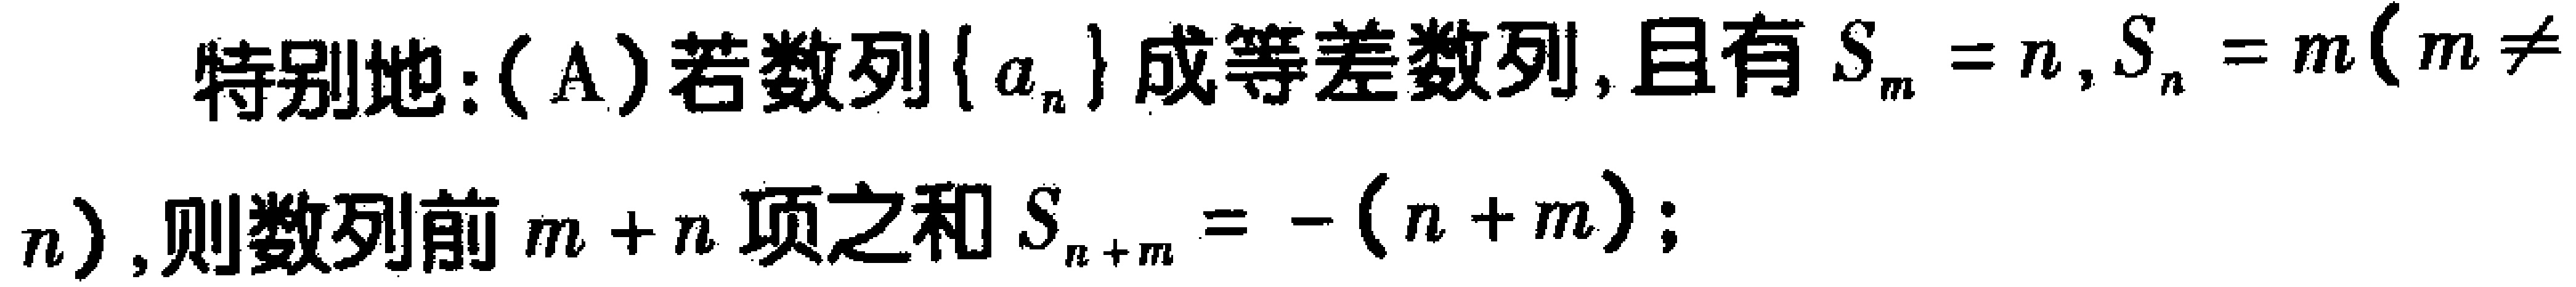
特别地: (A) 若数列\(\{ a_{n}\}\)成等差数列, 且有\(S_{m}=n,S_{n}=m(m\neq n)\), 则数列前\(m + n\)项之和\(S_{n + m}=-(n + m)\);